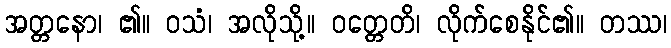
အတ္တနော၊ ၏။ ဝသံ၊ အလိုသို့။ ဝတ္တေတိ၊ လိုက်စေနိုင်၏။ တဿ၊